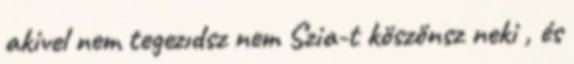
akivel nem tegezıdsz nem Szia-t köszönsz neki , és